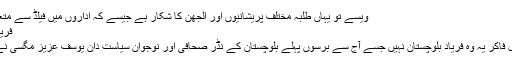
ویسے تو یہاں طلبہ مختلف پریشانیوں اور الجھن کا شکار ہے جیسے کہ اداروں میں فیلڈ سے متعلق آلات ...
فریادِ بلوچستان
تحریر جمیل فاکرؔ یہ وہ فریاد بلوچستان نہیں جسے آج سے برسوں پہلے بلوچستان کے نڈر صحافی اور نوجوان سیاست دان یوسف عزیز مگسی نے لکھا تھا ۔